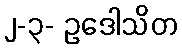
၂-၃- ဥဒေါသိတ